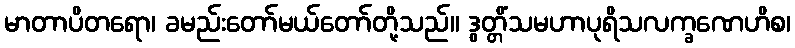
မာတာပိတရော၊ ခမည်းတော်မယ်တော်တို့သည်။ ဒွတ္တိံသမဟာပုရိသလက္ခဏေဟိစ၊